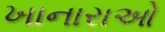
ખાનારાઓ